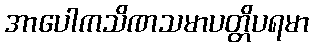
အာပေါကသိဏသမာပတ္တိပရမာ